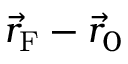
\Vec { r } _ { \mathrm { F } } - \Vec { r } _ { 0 }